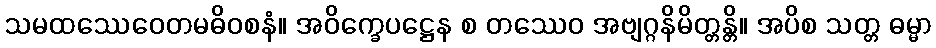
သမထဿေဝေတမဓိဝစနံ။ အဝိက္ခေပဋ္ဌေန စ တဿေဝ အဗျဂ္ဂနိမိတ္တန္တိ။ အပိစ သတ္တ ဓမ္မာ